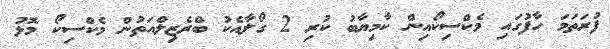
ފުރަތަމަ ހާފުގައި މެކްސިކޯއިން ކާމިޔާބު ކުރި 2 ގޯލާއެކު ބްރެޒިލްއަތުން މެކްސިކޯ މޮޅު